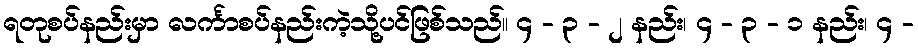
ရတုစပ်နည်းမှာ လင်္ကာစပ်နည်းကဲ့သို့ပင်ဖြစ်သည်။ ၄ - ၃ - ၂ နည်း၊ ၄ - ၃ - ၁ နည်း၊ ၄ -